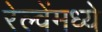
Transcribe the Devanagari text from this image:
रेल्वेंमध्ये